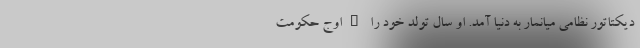
دیکتاتور نظامی میانمار به دنیا آمد. او سال تولد خود را "اوج حکومت